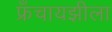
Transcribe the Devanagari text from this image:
फ्रॅंचायझीला